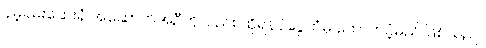
နမ့်ခမ်းဆေးရုံ အဆောက်အဦကိုလည်း ထိုရန်ပုံငွေထံမှ ထောက်ပံ့မည် ဖြစ်သည်။